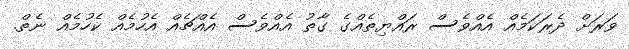
ވަރަށް ދެރަކަމެއް އެއްވެސް ރައްޔިތެއްގެ ގާތު އެއްވެސް އެއްޗެއް އެހުމެއް ކެހުމެއް ނެތް.